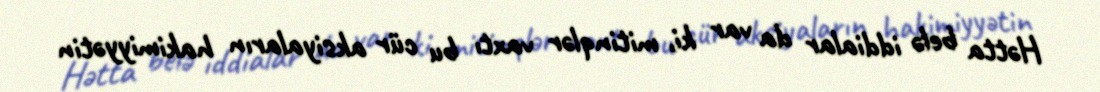
Hətta belə iddialar da var ki, mitinqlər vaxtı bu cür aksiyaların hakimiyyətin